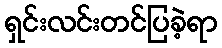
ရှင်းလင်းတင်ပြခဲ့ရာ